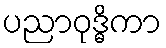
ပညာဝုဒ္ဓိကာ